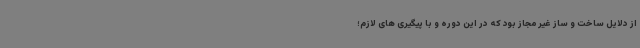
از دلایل ساخت و ساز غیر مجاز بود که در این دوره و با پیگیری های لازم؛